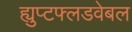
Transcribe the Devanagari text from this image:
ह्युप्टफ्लडवेबल